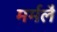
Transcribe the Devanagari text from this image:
मर्मलै